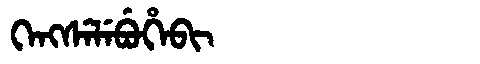
Manchu: ᡴᡝᠩᠰᡝᠯᡝᠪᡠᡥᡝᠪᡳ
Romanization: KENGSELEBUHEBI